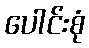
ပေါင်းစုံ